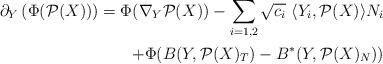
LaTeX: \begin{align*}\partial_Y\left(\Phi(\mathcal{P}(X))\right)=\Phi(\nabla_Y\mathcal{P}(X))-\sum_{i=1,2}\sqrt{c_i}\ \langle Y_i,\mathcal{P}(X)\rangle N_i\\+\Phi(B(Y,\mathcal{P}(X)_T)-B^*(Y,\mathcal{P}(X)_N))\end{align*}